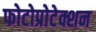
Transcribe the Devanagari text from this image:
फोटोप्रोटेक्शन